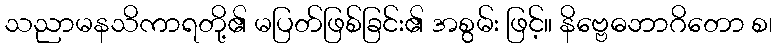
သညာမနသိကာရတို့၏ မပြတ်ဖြစ်ခြင်း၏ အစွမ်း ဖြင့်။ နိဗ္ဗေဓဘာဂိတော စ၊